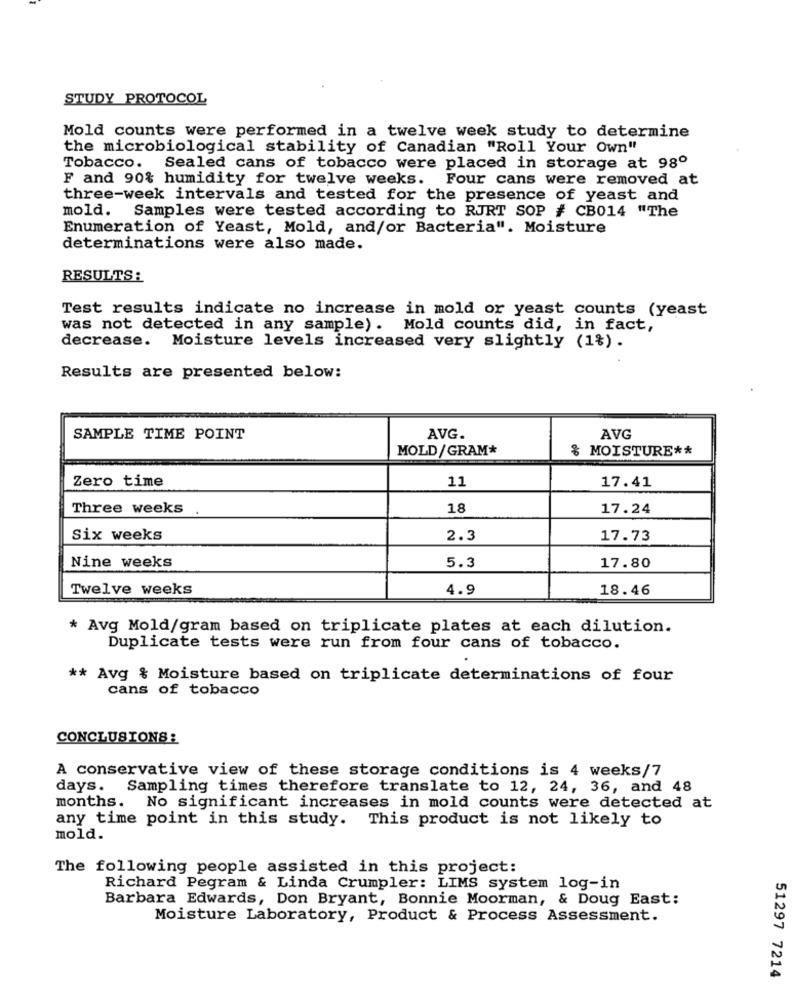
STUDY PROTOCOL
Mold counts were performed in a twelve week study to determine
the microbiological stability of Canadian "Roll Your Own"
Tobacco. Sealed cans of tobacco were placed in storage at 98º
F and 90% humidity for twelve weeks. Four cans were removed at
three-week intervals and tested for the presence of yeast and
mold. Samples were tested according to RJRT SOP # CB014 "The
Enumeration of Yeast, Mold, and/or Bacteria". Moisture
determinations were also made.
RESULTS:
Test results indicate no increase in mold or yeast counts (yeast
was not detected in any sample). Mold counts did, in fact,
decrease. Moisture levels increased very slightly (1%).
Results are presented below:
SAMPLE TIME POINT
AVG.
AVG
MOLD/GRAM*
% MOISTURE **
Zero time
11
17.41
Three weeks
18
17.24
Six weeks
2.3
17.73
Nine weeks
5.3
17.80
Twelve weeks
4.9
18.46
* Avg Mold/gram based on triplicate plates at each dilution.
Duplicate tests were run from four cans of tobacco.
** Avg & Moisture based on triplicate determinations of four
cans of tobacco
CONCLUSIONS :
A conservative view of these storage conditions is 4 weeks/7
days. Sampling times therefore translate to 12, 24, 36, and 48
months. No significant increases in mold counts were detected at
any time point in this study. This product is not likely to
mold.
The following people assisted in this project:
Richard Pegram & Linda Crumpler: LIMS system log-in
Barbara Edwards, Don Bryant, Bonnie Moorman, & Doug East:
Moisture Laboratory, Product & Process Assessment.
51297 7214